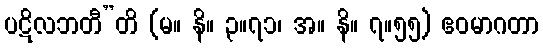
ပဋိလဘတီ”တိ (မ။ နိ။ ၃။၇၁၊ အ။ နိ။ ၇။၅၅) ဧဝမာဂတာ